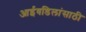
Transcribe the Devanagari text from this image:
आईवडिलांसाठी